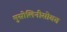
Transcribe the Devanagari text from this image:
मुसोलिनीसोबत